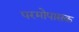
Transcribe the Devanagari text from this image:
परमोपासक